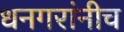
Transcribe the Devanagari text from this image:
धनगरांनीच